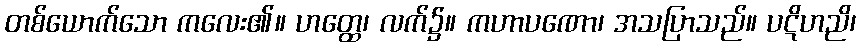
တစ်ယောက်သော ကလေး၏။ ဟတ္ထေ၊ လက်၌။ ကဟာပဏော၊ အသပြာသည်။ ပဋိဟညိ၊